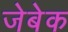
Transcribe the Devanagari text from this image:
जेबेक